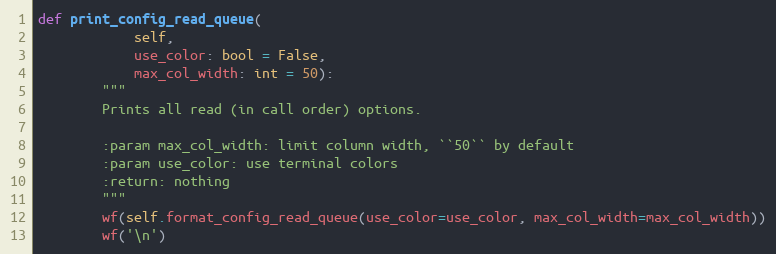
Language: Python
def print_config_read_queue(
            self,
            use_color: bool = False,
            max_col_width: int = 50):
        """
        Prints all read (in call order) options.

        :param max_col_width: limit column width, ``50`` by default
        :param use_color: use terminal colors
        :return: nothing
        """
        wf(self.format_config_read_queue(use_color=use_color, max_col_width=max_col_width))
        wf('\n')